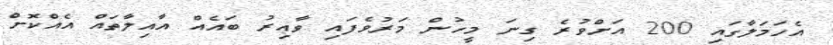
އެހަމަލާގައި 200 އަށްވުރެ ގިނަ މީހުން މަރުވެފައި ވާއިރު ބައެއް އާއިލާތައް އެއްކޮށް